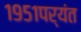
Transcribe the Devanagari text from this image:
१९५१पर्यंत